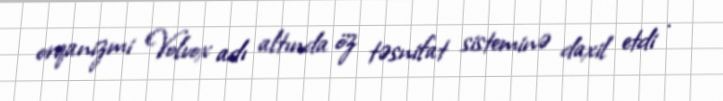
orqanizmi Volvox adı altında öz təsnifat sisteminə daxil etdi .